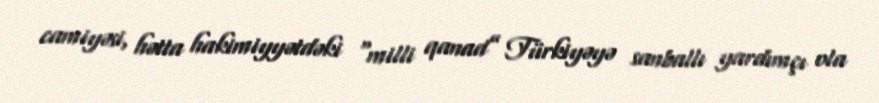
camiyəsi, hətta hakimiyyətdəki “milli qanad” Türkiyəyə sanballı yardımçı ola